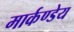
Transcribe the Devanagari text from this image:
मार्कण्‍डेय